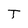
Character: T